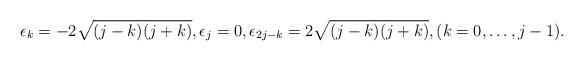
LaTeX: \begin{align*}\epsilon_{k}=-2\sqrt{(j-k)(j +k)}, \epsilon_{j}=0, \epsilon_{2j-k}=2\sqrt{(j-k)(j+k)}, (k=0,\ldots,j-1).\end{align*}